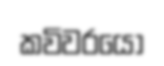
කවිවරයෝ